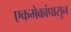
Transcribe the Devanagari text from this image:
एकमेकांपासुन